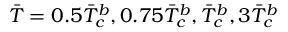
\Bar { T } = 0 . 5 \Bar { T } _ { c } ^ { b } , 0 . 7 5 \Bar { T } _ { c } ^ { b } , \Bar { T } _ { c } ^ { b } , 3 \Bar { T } _ { c } ^ { b }